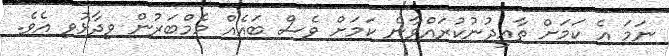
ނަމަ އެ ކަމަށް ތާއީދުނުކުރައްވާނެ ކަމަށް ވެސް ބައެއް މެމްބަރުން ވިދާޅުވި އެވެ.